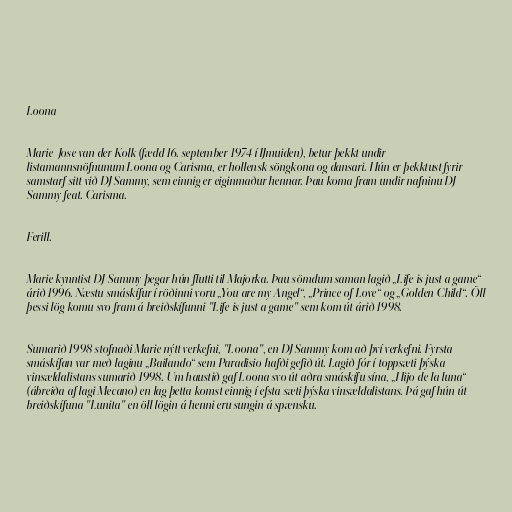
Loona

Marie-Jose van der Kolk (fædd 16. september 1974 í IJmuiden), betur þekkt undir
listamannsnöfnunum Loona og Carisma, er hollensk söngkona og dansari. Hún er þekktust fyrir
samstarf sitt við DJ Sammy, sem einnig er eiginmaður hennar. Þau koma fram undir nafninu DJ
Sammy feat. Carisma.

Ferill.

Marie kynntist DJ Sammy þegar hún flutti til Majorka. Þau sömdum saman lagið „Life is just a game“
árið 1996. Næstu smáskífur í röðinni voru „You are my Angel“, „Prince of Love“ og „Golden Child“. Öll
þessi lög komu svo fram á breiðskífunni "Life is just a game" sem kom út árið 1998.

Sumarið 1998 stofnaði Marie nýtt verkefni, "Loona", en DJ Sammy kom að því verkefni. Fyrsta
smáskífan var með laginu „Bailando“ sem Paradisio hafði gefið út. Lagið fór í toppsæti þýska
vinsældalistans sumarið 1998. Um haustið gaf Loona svo út aðra smáskífu sína, „Hijo de la luna“
(ábreiða af lagi Mecano) en lag þetta komst einnig í efsta sæti þýska vinsældalistans. Þá gaf hún út
breiðskífuna "Lunita" en öll lögin á henni eru sungin á spænsku.